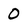
Character: 0